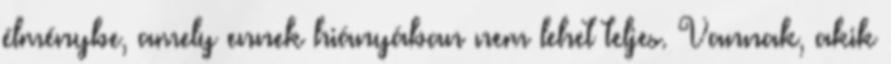
élménybe, amely ennek hiányában nem lehet teljes. Vannak, akik